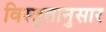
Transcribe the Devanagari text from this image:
विस्तृतानुसार